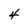
Character: 4